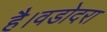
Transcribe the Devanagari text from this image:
है।वडोदरा